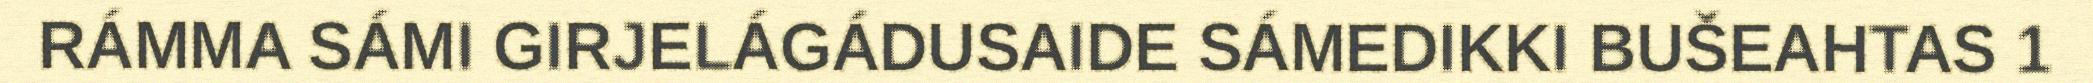
RÁMMA SÁMI GIRJELÁGÁDUSAIDE SÁMEDIKKI BUŠEAHTAS 1